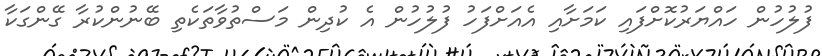
ފުލުހުން ހައްޔަރުކޮށްފައި ކަމަށާއި އެއަށްފަހު ފުލުހުން އެ ކުދިން މަސްތުވާތަކެތި ބޭނުންކުރާ ގޭންގަކާ